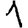
Digit: 1